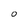
Character: O